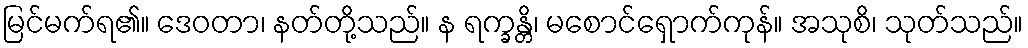
မြင်မက်ရ၏။ ဒေဝတာ၊ နတ်တို့သည်။ န ရက္ခန္တိ၊ မစောင်ရှောက်ကုန်။ အသုစိ၊ သုတ်သည်။